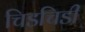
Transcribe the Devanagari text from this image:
चिडचिडी